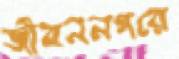
জীবননগরে